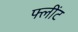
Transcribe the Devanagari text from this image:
फ्लींट